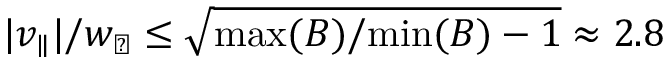
| v _ { \parallel } | / w _ { \perp } \leq \sqrt { \mathrm { m a x } ( B ) / \mathrm { m i n } ( B ) - 1 } \approx 2 . 8